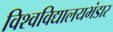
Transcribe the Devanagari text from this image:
विश्वविद्यालयभंडार